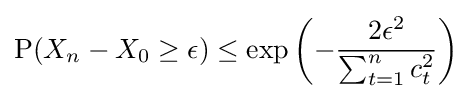
{\text{P}}(X_{n}-X_{0}\geq \epsilon )\leq \exp \left(-{\frac {2\epsilon ^{2}}{\sum _{t=1}^{n}c_{t}^{2}}}\right)